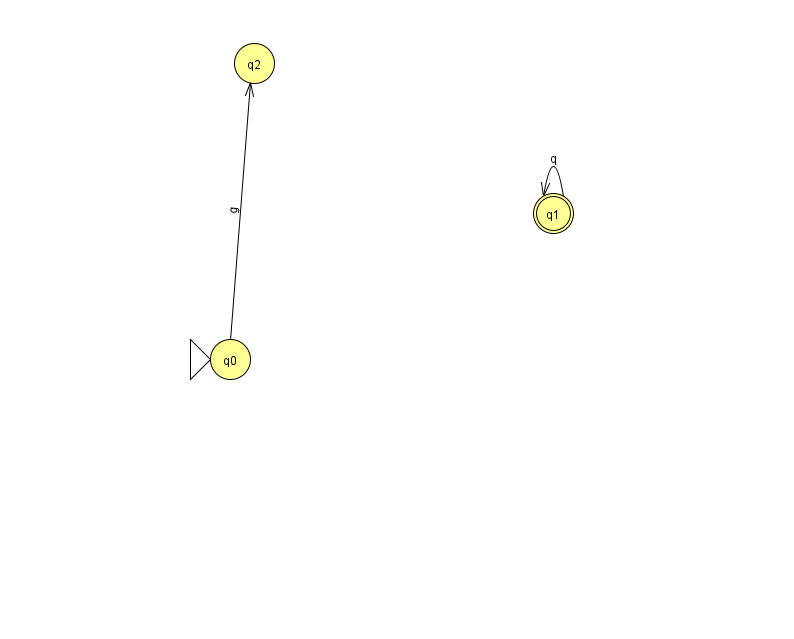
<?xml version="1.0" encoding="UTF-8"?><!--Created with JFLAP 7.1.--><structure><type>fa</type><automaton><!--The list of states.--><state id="0" name="q0"><x>230.0</x><y>346.0</y><initial/></state><state id="1" name="q1"><x>553.0</x><y>200.0</y><final/></state><state id="2" name="q2"><x>254.0</x><y>50.0</y></state><!--The list of transitions.--><transition><from>1</from><to>1</to><read>q</read></transition><transition><from>0</from><to>2</to><read>g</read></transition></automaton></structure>